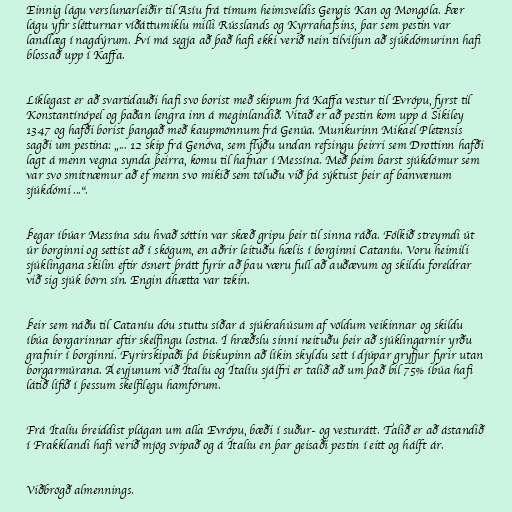
Einnig lágu verslunarleiðir til Asíu frá tímum heimsveldis Gengis Kan og Mongóla. Þær
lágu yfir slétturnar víðáttumiklu milli Rússlands og Kyrrahafsins, þar sem pestin var
landlæg í nagdýrum. Því má segja að það hafi ekki verið nein tilviljun að sjúkdómurinn hafi
blossað upp í Kaffa.

Líklegast er að svartidauði hafi svo borist með skipum frá Kaffa vestur til Evrópu, fyrst til
Konstantínópel og þaðan lengra inn á meginlandið. Vitað er að pestin kom upp á Sikiley
1347 og hafði borist þangað með kaupmönnum frá Genúa. Munkurinn Mikael Pletensis
sagði um pestina: „... 12 skip frá Genóva, sem flýðu undan refsingu þeirri sem Drottinn hafði
lagt á menn vegna synda þeirra, komu til hafnar í Messína. Með þeim barst sjúkdómur sem
var svo smitnæmur að ef menn svo mikið sem töluðu við þá sýktust þeir af banvænum
sjúkdómi ...“.

Þegar íbúar Messína sáu hvað sóttin var skæð gripu þeir til sinna ráða. Fólkið streymdi út
úr borginni og settist að í skógum, en aðrir leituðu hælis í borginni Cataníu. Voru heimili
sjúklingana skilin eftir ósnert þrátt fyrir að þau væru full að auðævum og skildu foreldrar
við sig sjúk börn sín. Engin áhætta var tekin.

Þeir sem náðu til Cataníu dóu stuttu síðar á sjúkrahúsum af völdum veikinnar og skildu
íbúa borgarinnar eftir skelfingu lostna. Í hræðslu sinni neituðu þeir að sjúklingarnir yrðu
grafnir í borginni. Fyrirskipaði þá biskupinn að líkin skyldu sett í djúpar gryfjur fyrir utan
borgarmúrana. Á eyjunum við Ítalíu og Ítalíu sjálfri er talið að um það bil 75% íbúa hafi
látið lífið í þessum skelfilegu hamförum.

Frá Ítalíu breiddist plágan um alla Evrópu, bæði í suður- og vesturátt. Talið er að ástandið
í Frakklandi hafi verið mjög svipað og á Ítalíu en þar geisaði pestin í eitt og hálft ár.

Viðbrögð almennings.